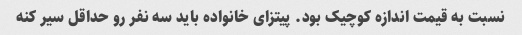
نسبت به قیمت اندازه کوچیک بود. پیتزای خانواده باید سه نفر رو حداقل سیر کنه